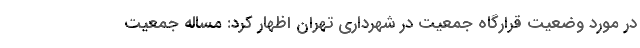
در مورد وضعیت قرارگاه جمعیت در شهرداری تهران اظهار کرد: مساله جمعیت